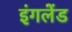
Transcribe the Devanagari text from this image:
इंगलेंड